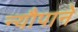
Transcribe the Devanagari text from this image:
न्यौपाने